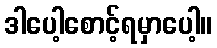
ဒါပေါ့စောင့်ရမှာပေါ့။